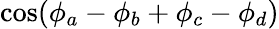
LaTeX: {\cos(\phi_{a}-\phi_{b}+\phi_{c}-\phi_{d})}